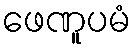
ဖေဏူပမံ